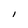
Character: I